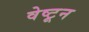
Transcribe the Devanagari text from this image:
वेष्टून